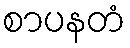
စာပနတံ